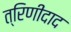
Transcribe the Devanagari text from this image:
त्रिणीदाद